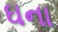
ઘના